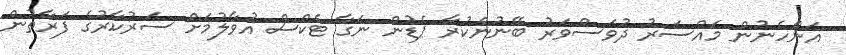
އަންހެނުން މައްސަރު ދުވަސްވަރު ބޭނުންކުރާ ޕެޑުން ނަގާ ޓެކްސް އުވާލުމަށް ސަރުކާރުގެ ފަރާތުން